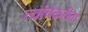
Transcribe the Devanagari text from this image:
त्यांचेकरीता